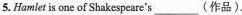
5. Hamlet is one of Shakespeare's___(作品).